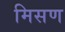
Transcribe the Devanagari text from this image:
मिसण